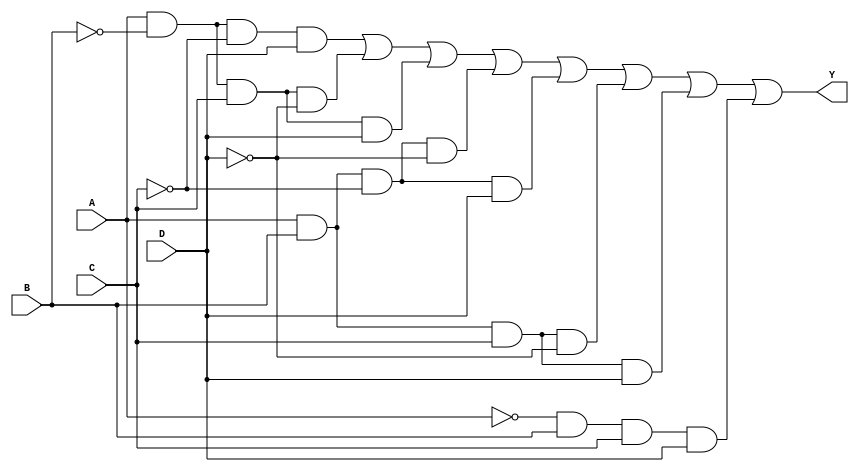
module four_variable_kmap (
    input wire A,  // Input variable A
    input wire B,  // Input variable B
    input wire C,  // Input variable C
    input wire D,  // Input variable D
    output wire Y  // Output of the simplified Boolean expression
);

// Internal signal for the K-map
wire [15:0] kmap;

// Define the K-map based on the minterms
assign kmap[0]  = 1'b0; // m0
assign kmap[1]  = 1'b1; // m1
assign kmap[2]  = 1'b1; // m2
assign kmap[3]  = 1'b0; // m3
assign kmap[4]  = 1'b1; // m4
assign kmap[5]  = 1'b1; // m5
assign kmap[6]  = 1'b1; // m6
assign kmap[7]  = 1'b0; // m7
assign kmap[8]  = 1'b1; // m8
assign kmap[9]  = 1'b0; // m9
assign kmap[10] = 1'b0; // m10
assign kmap[11] = 1'b1; // m11
assign kmap[12] = 1'b1; // m12
assign kmap[13] = 1'b1; // m13
assign kmap[14] = 1'b1; // m14
assign kmap[15] = 1'b0; // m15

// Output logic based on K-map grouping
assign Y = (A & ~B & ~C & D) | // m1
           (A & ~B & C & ~D) | // m2
           (A & ~B & C & D) |  // m3
           (A & B & ~C & ~D) | // m4
           (A & B & ~C & D) |  // m5
           (A & B & C & ~D) |  // m6
           (A & B & C & D) |   // m7
           (~A & B & C & D);   // m14

endmodule